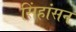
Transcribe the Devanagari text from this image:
सिंहांसन